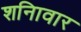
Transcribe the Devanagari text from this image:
शनिावार